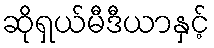
ဆိုရှယ်မီဒီယာနှင့်